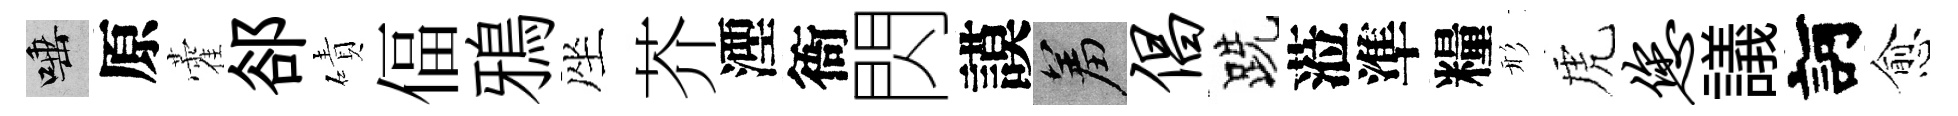
唾原藿郤磧偪鴉座芥湮衙閃謨羞倡跣蒞準糧形虎您議訶愈